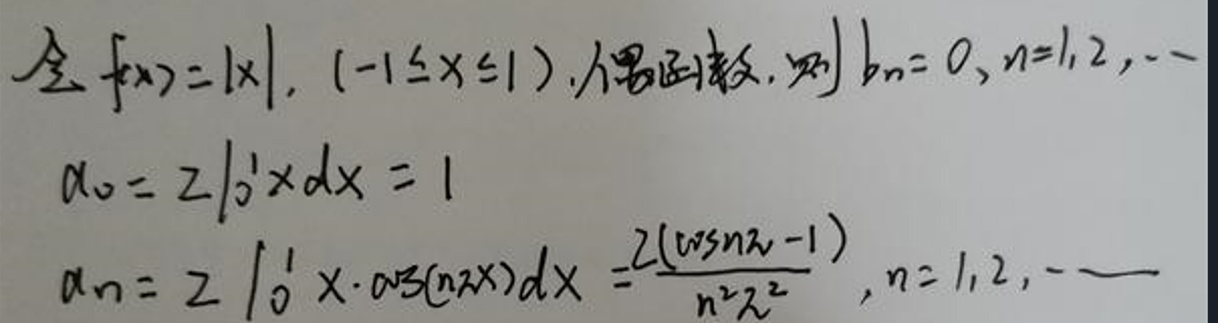
令$f(x)=|x|,(-1\leq x\leq1)$为偶函数，则$b_n = 0, n = 1,2,\cdots$

\[
\begin{align*}
a_0&=2\int_{0}^{1}x dx = 1\\
a_n&=2\int_{0}^{1}x\cdot\cos(n\pi x)dx=\frac{2(\cos n\pi - 1)}{n^{2}\pi^{2}},n = 1,2,\cdots
\end{align*}
\]